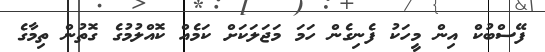
ފޭސްބުކް އިން މީހަކު ފެނިގެން ހަމަ މަޖަލަކަށް ކަމެއް ކޮއްލުމުގެ ގޮތުން ތިމާގެ